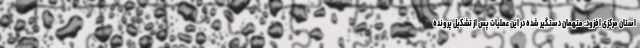
استان مرکزی افزود: متهمان دستگیر شده در این عملیات پس از تشکیل پرونده